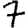
Digit: 7